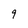
Character: 9